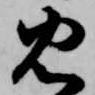
忠